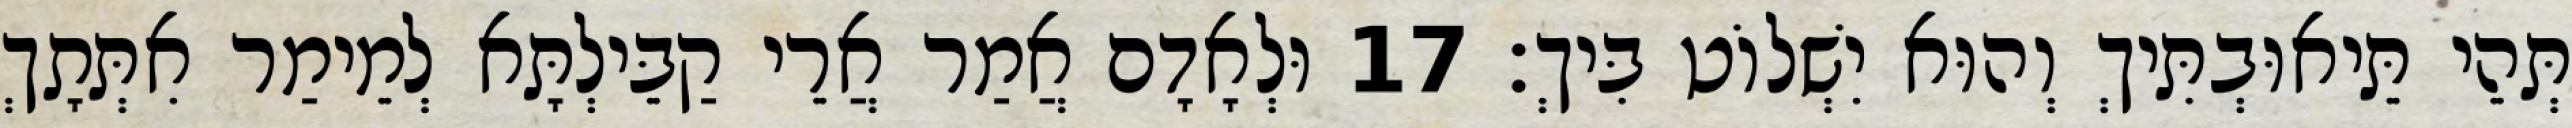
תְּהֵי תֵּיאוּבְתִּיךְ וְהוּא יִשְׁלוֹט בִּיךְ׃ 17 וּלְאָדָם אֲמַר אֲרֵי קַבֵּילְתָּא לְמֵימַר אִתְּתָךְ